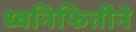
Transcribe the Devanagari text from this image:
ध्वनिफितीने